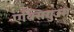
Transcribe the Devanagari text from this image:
एक्सिगुउस